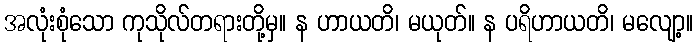
အလုံးစုံသော ကုသိုလ်တရားတို့မှ။ န ဟာယတိ၊ မယုတ်။ န ပရိဟာယတိ၊ မလျော့။